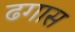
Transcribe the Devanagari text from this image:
ढगास